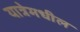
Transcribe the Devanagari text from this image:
यात्रेमधील